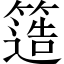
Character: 簉